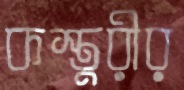
কস্তুরীর